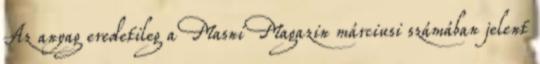
Az anyag eredetileg a Masni Magazin márciusi számában jelent